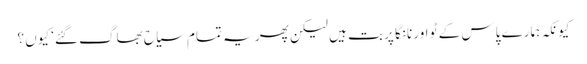
کیونکہ ہمارے پاس کے ٹو اور نانگا پربت ہیں لیکن پھر یہ تمام سیاح بھاگ گئے‘ کیوں ؟